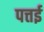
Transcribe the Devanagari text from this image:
पत्तई